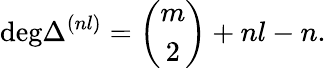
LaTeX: \mathrm{deg}\Delta^{(nl)}=\left(\begin{array}{c}{{m}}\\ {{2}}\end{array}\right)+nl-n.